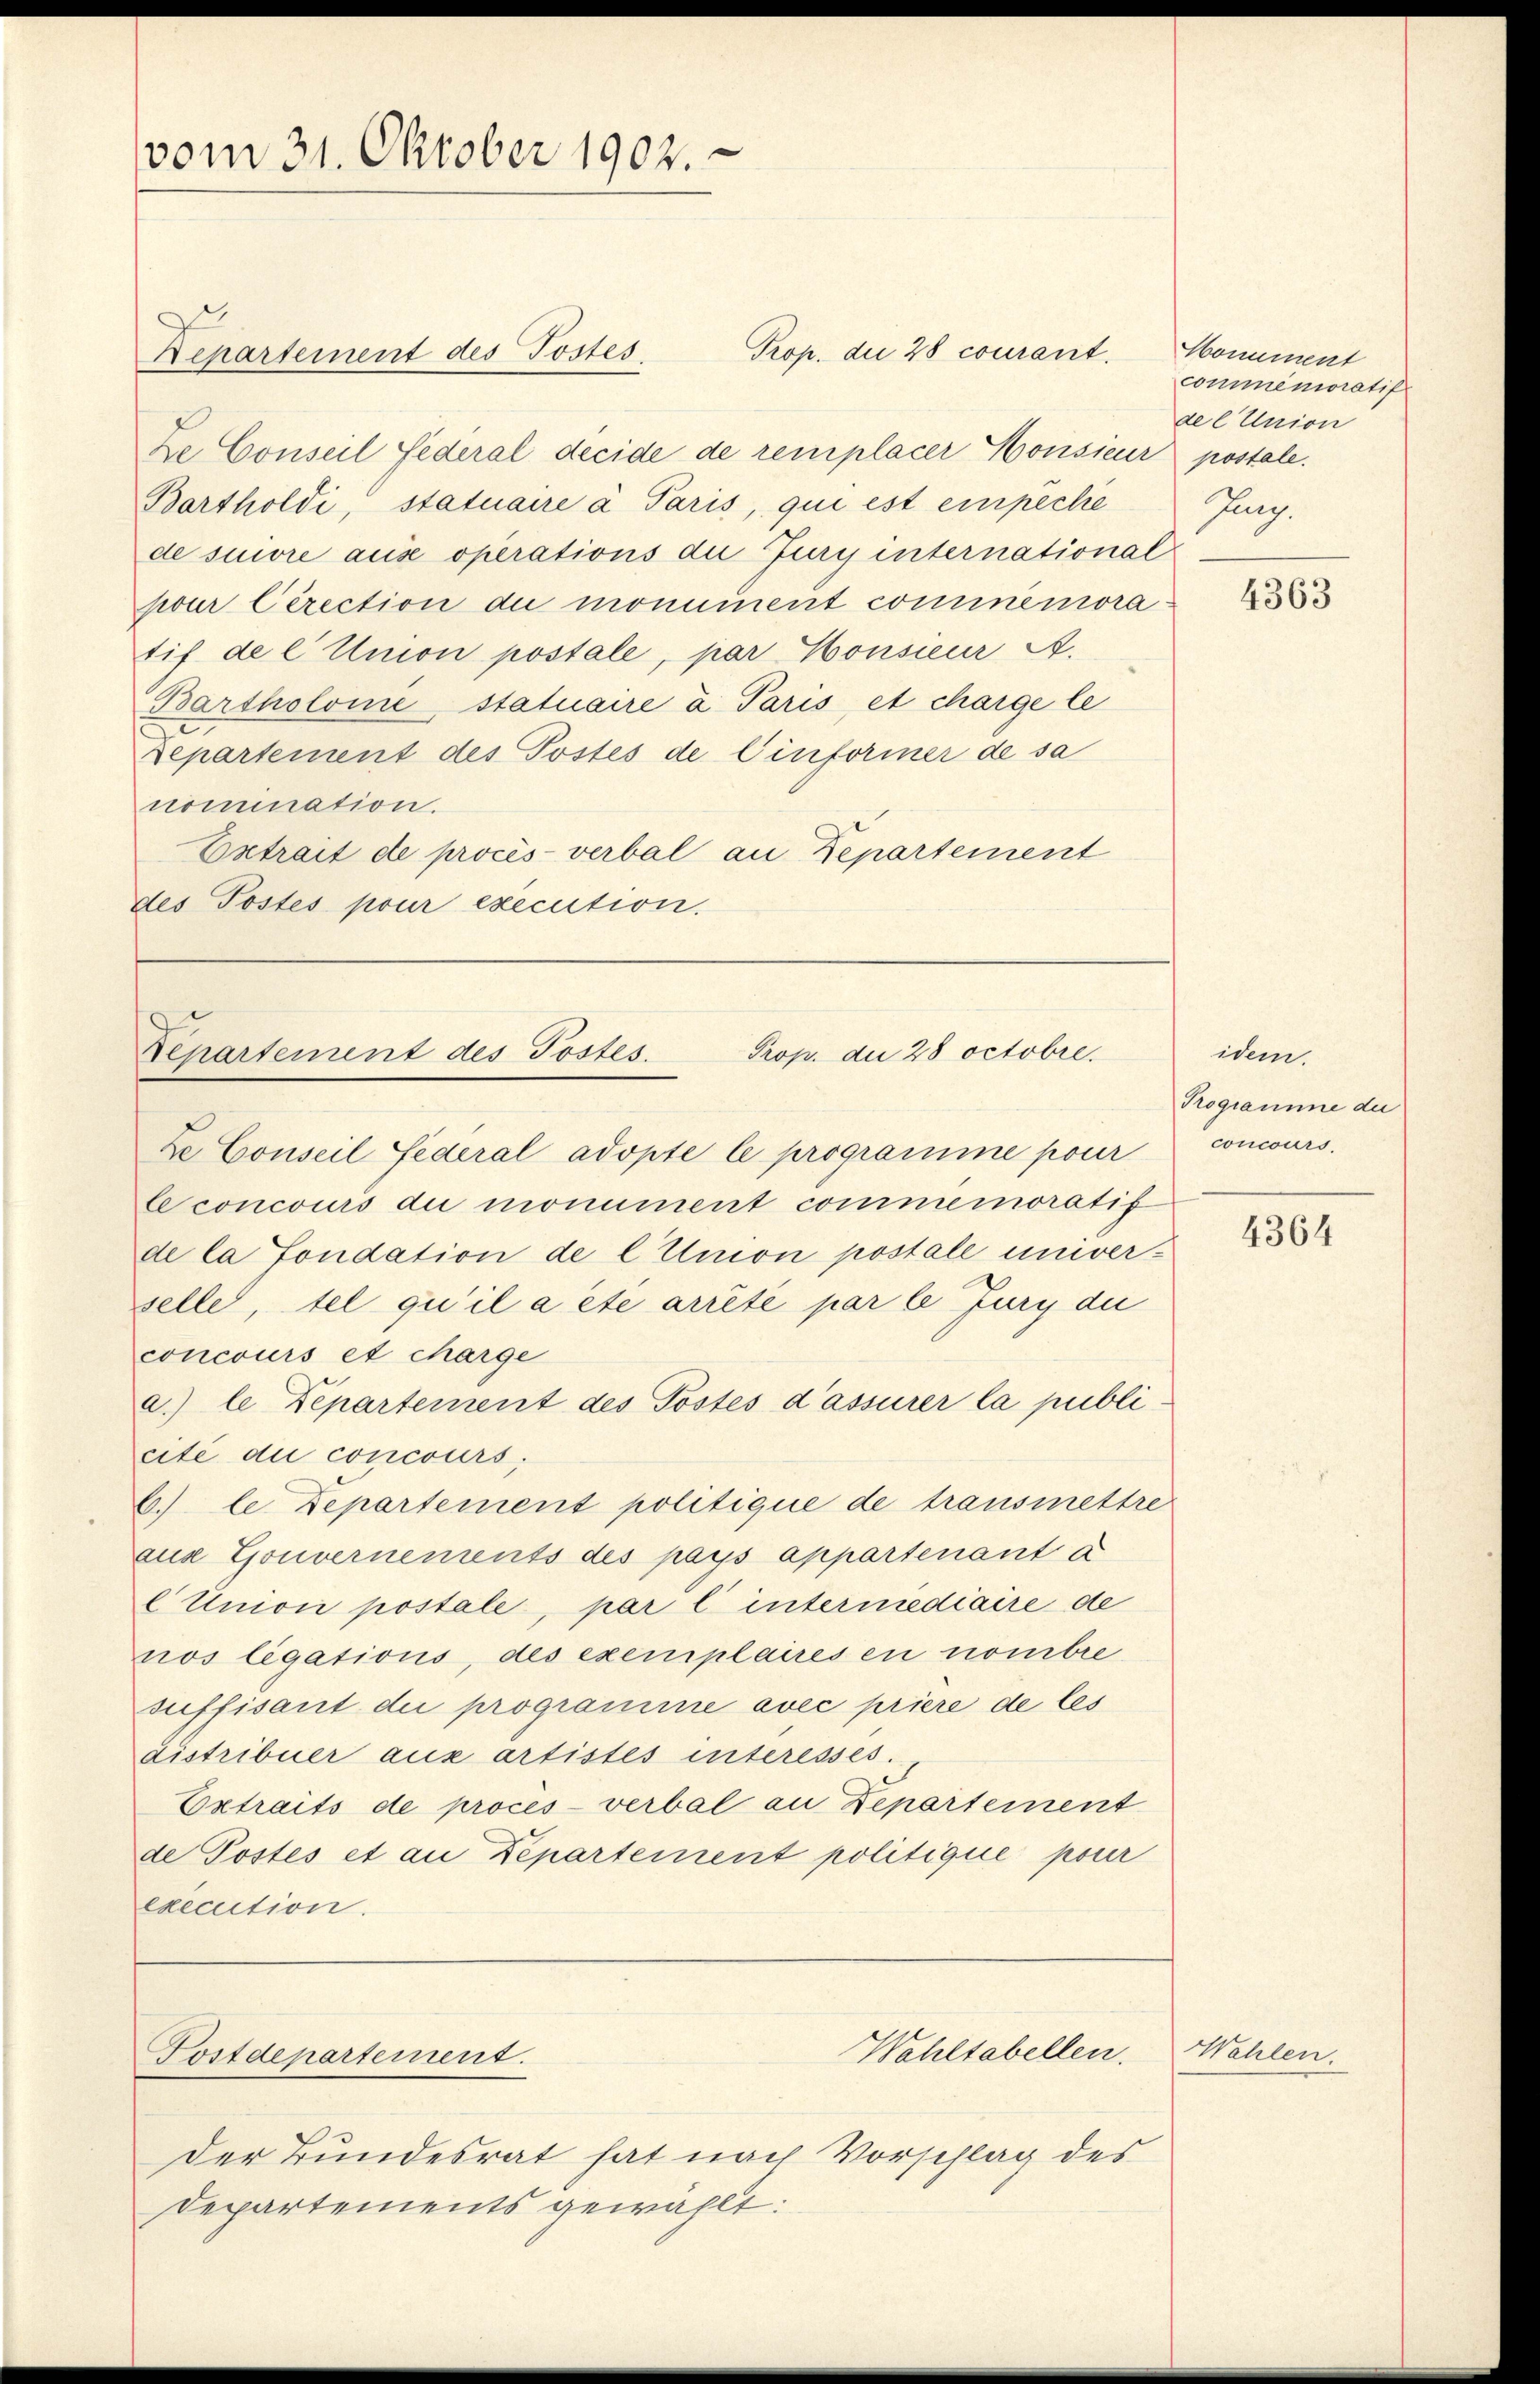
vom 31. Oktober 1902.

Kepartement des Postes.

Ze Conseil Federal decide de remplacer Honsieur postale.
Bartholdi, statuaire a Paris, qui est einpeche
de suivre ause operations du Jury international
pour Cirection du monument commnemoratif de l Union postale, par Consieur A.
Bartholome, statuaire a Paris et charge le
Departement des Postes de Einformer de sa
nomination.
Extrait de procès-verbal an Departement
des Postes pour execution.

Prop. die 28 octobre.
Departement des Postes.

Postdepartement.

Prop. die 28 courant.

Ze Conseil Sederal adopte le programme pour
le concours die monument commemoratif
de la fondation de l Union postale univer-
selle, tel qu’il a été arrête par le Jury die
concours et charge
a.) le Departement des Postes d’assurer la publi
cité die concours,
6.) le Departement politique de transmettre
aus Gouvernements des pays appartenant a
Union postale, par l intermediaire de
nos ligations, des exemplaires en nombre
suffisant die programme avec priere de les
distribuer aus artistes interesses.
Extraits de procès-verbal an Departement
de Postes et an Departement politique pour
execution.

Wahltabellen.

Homment
commenioratif
del Union
Jung.

Der Bundesrat hat nach Vorschlag des
Departements gewählt:

idem
Programme der
concours.

4363

4364

Wahlen.